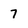
Character: 7